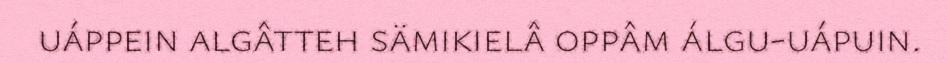
uáppein algâtteh sämikielâ oppâm álgu-uápuin.